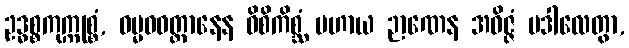
ဥဒ္ဓစ္စကုက္ကုစ္စံ, ဓမ္မဝဝတ္ထာနေန ဝိစိကိစ္ဆံ ပဟာယ ဉာဏေန အဝိဇ္ဇံ ပဒါလေတွာ,